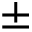
\pm